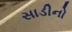
સાડીનો